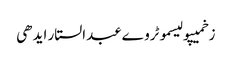
زخمیپولیسموٹروےعبدالستار ایدھی